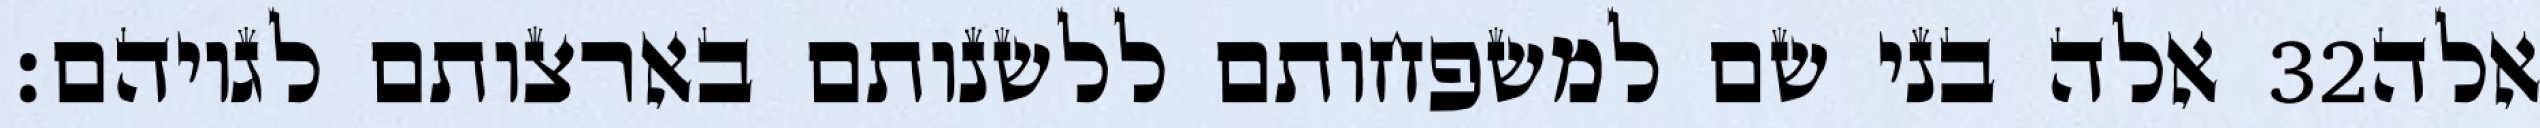
אלה בני שם למשפחותם ללשנותם בארצותם לגויהם׃ ‎32‏ אלה